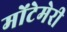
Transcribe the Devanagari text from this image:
मोंटेमेरी